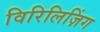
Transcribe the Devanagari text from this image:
विरिलिज़िंग